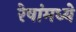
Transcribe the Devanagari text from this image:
रेषांमध्ये